Indian journal of veterinary science and animal husbandry - Volumes 26-27, 1956-1957
Year: 1956
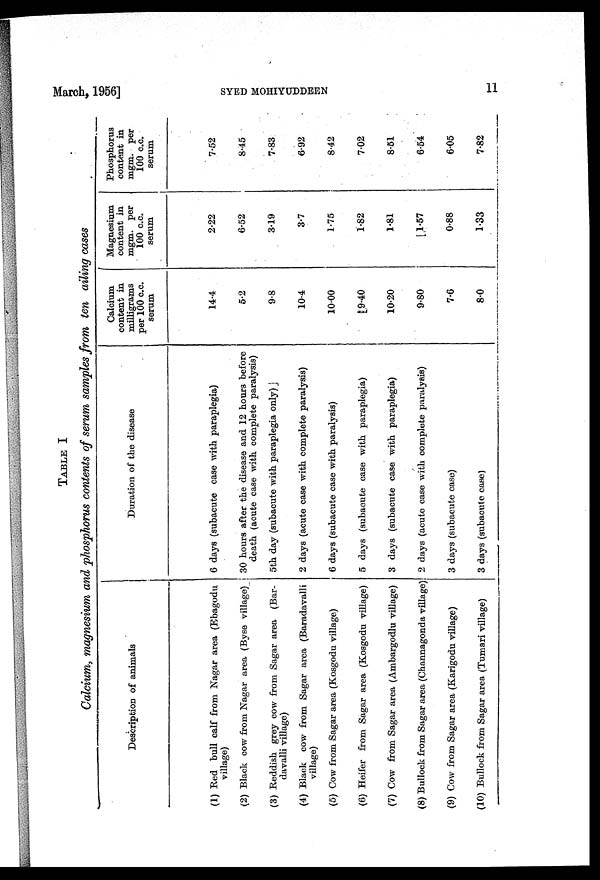
March, 1956]
SYED
MOHIYUDDEEN
11
TABLE I
Calcium, magnesium and phosphorus contents of serum samples from ten ailing cases
Description of animals
(1) Red bull calf from Nagar area (Ebagodu
village)
(2) Black cow from Nagar area (Byse village)
(3) Reddish grey cow from Sagar area (Bar¬
davalli village)
(4) Black cow from Sagar area (Baradavalli
village)
(5) Cow from Sagar area (Kosgodu village)
(6) Heifer from Sagar area (Kosgodu village)
(7) Cow from Sagar area (Ambargodlu village)
(8) Bullock from Sagar area (Channagonda village)
(9) Cow from Sagar area (Karigodu village)
(10) Bullock from Sagar area (Tumari village)
Duration of the disease
6 days (subacute case with paraplegia)
30 hours after the disease and 12 hours before
death (acute case with complete paralysis)
5th day (subacute with paraplegia only)
2 days (acute case with complete paralysis)
6 days (subacute case with paralysis)
5 days (subacute case with paraplegia)
3 days (subacute case with paraplegia)
2 days (acute case with complete paralysis)
3 days (subacute case)
3 days (subacute case)
Calcium
content in
milligrams
per 100 c.c.
serum
14.4
5.2
9.8
10.4
10.00
9.40
10.20
9.80
7.6
8.0
Magnesium
content in
mgm. per
100 c.c.
serum
2.22
6.52
3.19
3.7
1.75
1.82
1.81
1.57
0.88
1.33
Phosphorus
content in
mgm. per
100 c.c.
serum
7.52
8.45
7.83
6.92
8.42
7.02
8.51
6.54
6.05
7.82